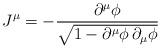
LaTeX: \begin{align*}J^{\mu }=-\frac{\partial ^{\mu }\phi }{\sqrt{1-\partial ^{\mu }\phi \, \partial _{\mu }\phi }}\end{align*}